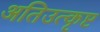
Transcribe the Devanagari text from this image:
अतिउत्कृष्ट